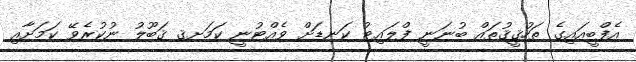
އެފްބީއައިގެ ތަހުޤީޤުތައް ބުނަނީ ފްލައިޓު ކަނޑަށް ވެއްޓުނީ ކަމަށޤ ޤަބޫލު ނުކުރެވޭ ކަމަށާއި